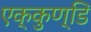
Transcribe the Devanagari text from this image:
एक्कुण्डि